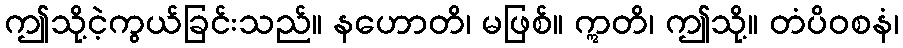
ဤသို့ငဲ့ကွယ်ခြင်းသည်။ နဟောတိ၊ မဖြစ်။ ဣတိ၊ ဤသို့။ တံပိဝစနံ၊